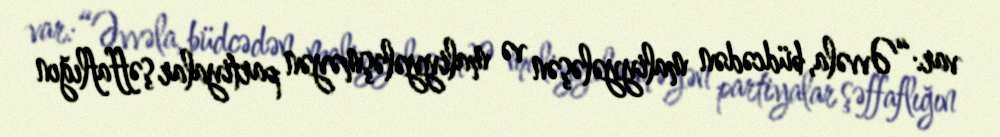
var:“Əvvəla, büdcədən maliyyələşən və maliyyələşməyən partiyalar şəffaflığın